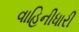
વાહિનીધારી